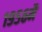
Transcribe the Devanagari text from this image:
१९५६मै